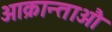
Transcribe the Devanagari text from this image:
आक्रान्ताऔ